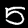
Label: 5